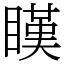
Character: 䁧